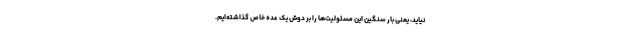
نیاید، یعنی بار سنگین این مسئولیت‌ها را بر دوش یک عده خاص گذاشته‌ایم.